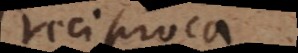
reciproca